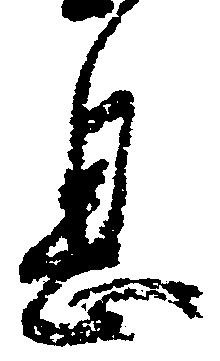
息